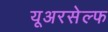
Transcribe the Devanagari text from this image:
यूअरसेल्फ